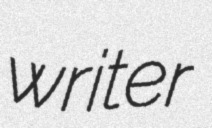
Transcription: writer